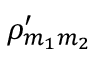
\rho _ { m _ { 1 } m _ { 2 } } ^ { \prime }